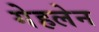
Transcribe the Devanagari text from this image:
गेहलेन